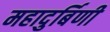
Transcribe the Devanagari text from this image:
महादुर्बिणी